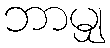
ဘာမျှ